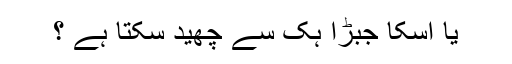
یا اسکا جبڑا ہک سے چھید سکتا ہے ؟